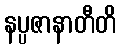
နပ္ပဇာနာတီတိ